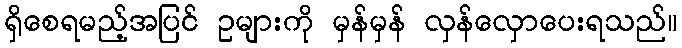
ရှိစေရမည့်အပြင် ဥများကို မှန်မှန် လှန်လှောပေးရသည်။